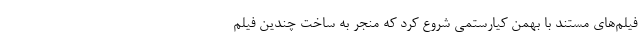
فیلم‌های مستند با بهمن کیارستمی شروع کرد که منجر به ساخت چندین فیلم